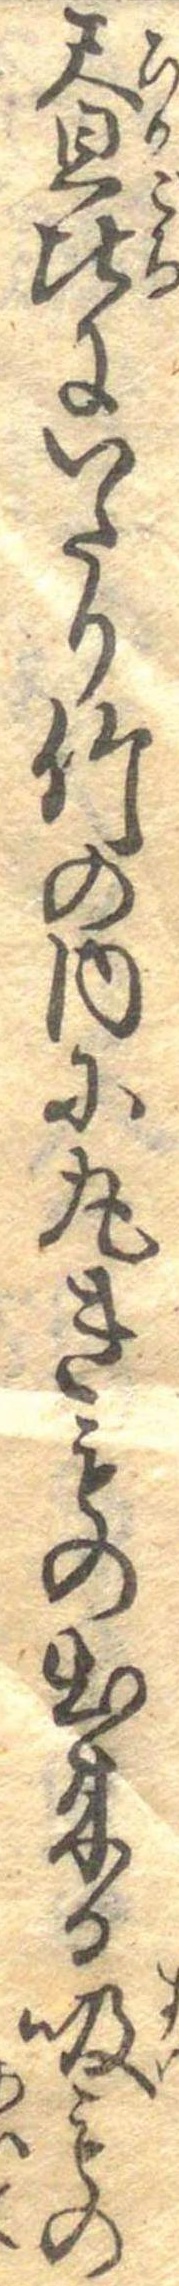
昼比にいたり竹の内に丸きもの出来る吸もの